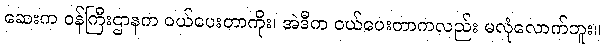
ဆေးက ဝန်ကြီးဌာနက ဝယ်ပေးတာကိုး၊ အဲဒီက ဝယ်ပေးတာကလည်း မလုံလောက်ဘူး။